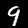
Digit: 9